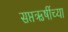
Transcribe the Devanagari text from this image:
सप्तऋषींच्या